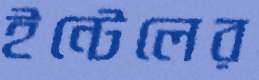
ইন্টেলের